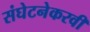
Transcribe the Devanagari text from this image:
संघेटनेकरवी